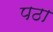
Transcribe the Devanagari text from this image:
पठा